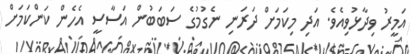
އަމީރު ވިދާޅުވިއެވެ. އަދި މިކަމަށް ދަރަނި ނެގުމުގެ ސަބަބުން އަސާސީ އެހެން ކަންކަމަށް